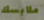
ملابسك